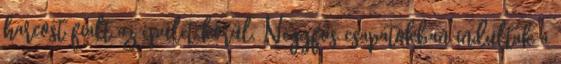
harcost fialt az épület körül. Négyfős csapatokban indultak a